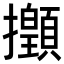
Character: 𢹻